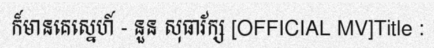
ក៏មានគេស្នេហ៍ - នួន សុធារ័ក្ស [OFFICIAL MV]Title :